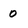
Character: 0